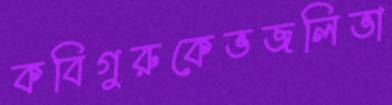
কবিগুরুকেভজলিভা